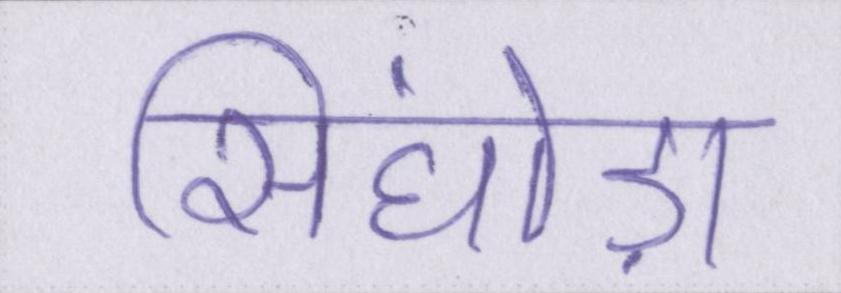
सिंघोड़ा